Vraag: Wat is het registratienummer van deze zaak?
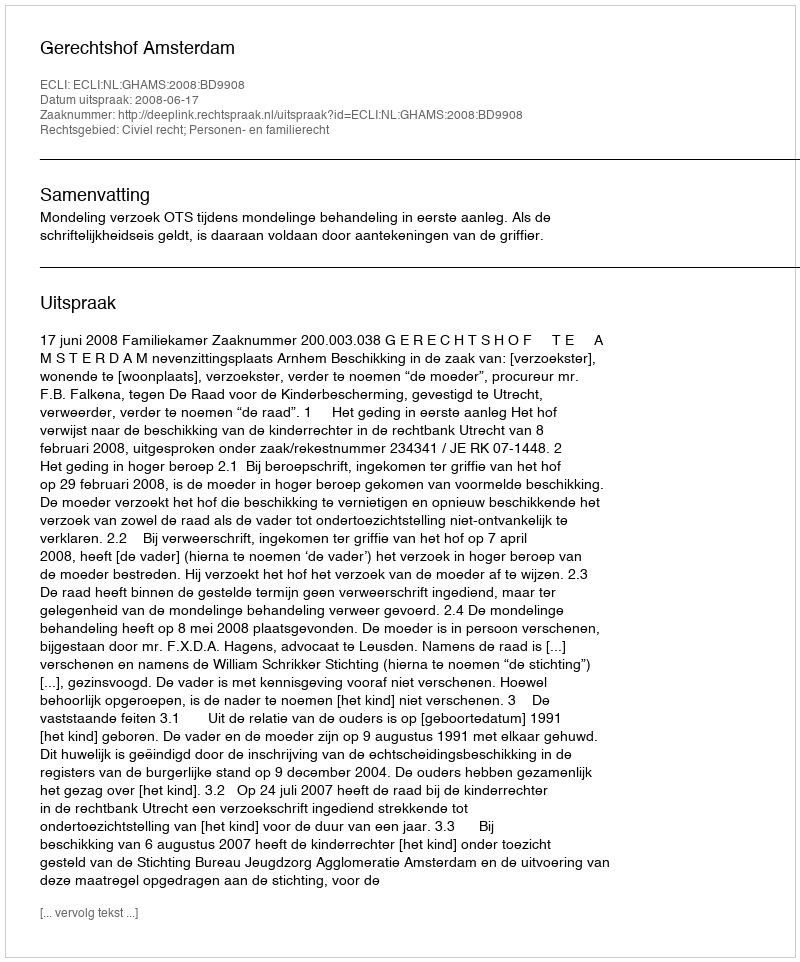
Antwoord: http://deeplink.rechtspraak.nl/uitspraak?id=ECLI:NL:GHAMS:2008:BD9908